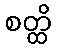
စတ္ထိ